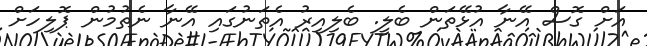
އަށް ގޮސް އޭނާ އުޅޭތަން ބެލީ. ބެލިއިރު އެތަނުގައި އޭނާ ނެތުމުން ޕޮލިހަށް